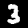
Digit: 3